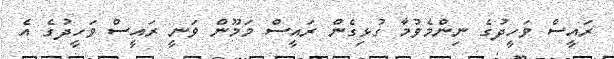
ރައީސް ވަހީދުގެ ނިންމެވުމާ ގުޅިގެން ރައީސް މަމޫން ވަނީ ރައީސް ވަހީދުގެ އެ